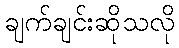
ချက်ချင်းဆိုသလို